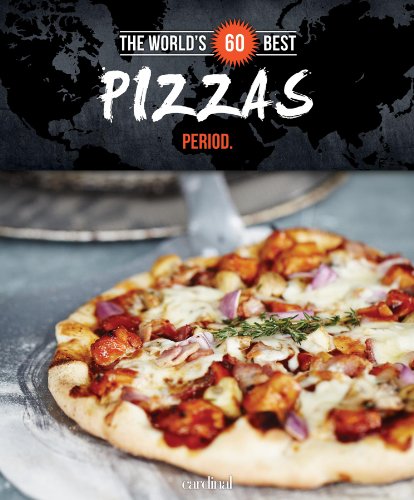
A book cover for World's 60 Best Pizzas... Period. (The World's 60 Best Collection); Veronique Paradis; Cookbooks, Food & Wine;